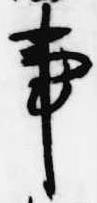
事